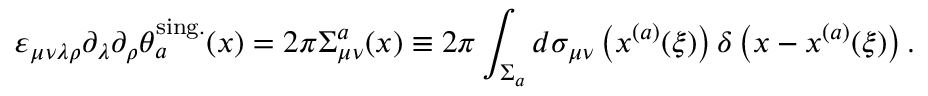
\varepsilon _ { \mu \nu \lambda \rho } \partial _ { \lambda } \partial _ { \rho } \theta _ { a } ^ { \mathrm { s i n g . } } ( x ) = 2 \pi \Sigma _ { \mu \nu } ^ { a } ( x ) \equiv 2 \pi \int _ { \Sigma _ { a } } ^ { } d \sigma _ { \mu \nu } \left( x ^ { ( a ) } ( \xi ) \right) \delta \left( x - x ^ { ( a ) } ( \xi ) \right) .